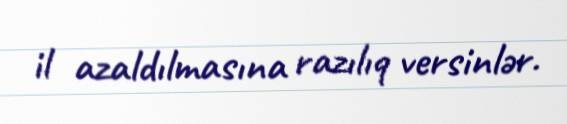
il azaldılmasına razılıq versinlər.